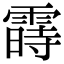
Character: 𬰈